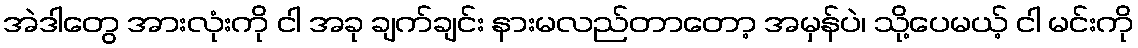
အဲဒါတွေ အားလုံးကို ငါ အခု ချက်ချင်း နားမလည်တာတော့ အမှန်ပဲ၊ သို့ပေမယ့် ငါ မင်းကို